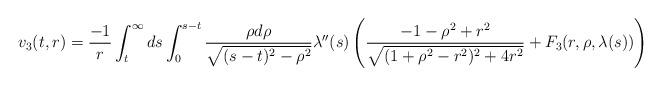
LaTeX: \begin{align*} v_{3}(t,r) = \frac{-1}{r}\int_{t}^{\infty} ds \int_{0}^{s-t} \frac{\rho d\rho}{\sqrt{(s-t)^{2}-\rho^{2}}} \lambda''(s) \left(\frac{-1-\rho^{2}+r^{2}}{\sqrt{(1+\rho^{2}-r^{2})^{2}+4r^{2}}}+F_{3}(r,\rho,\lambda(s))\right)\end{align*}